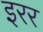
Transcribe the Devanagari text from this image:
इरर